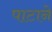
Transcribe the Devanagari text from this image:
पाटाने